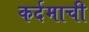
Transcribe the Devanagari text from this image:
कर्दमाची